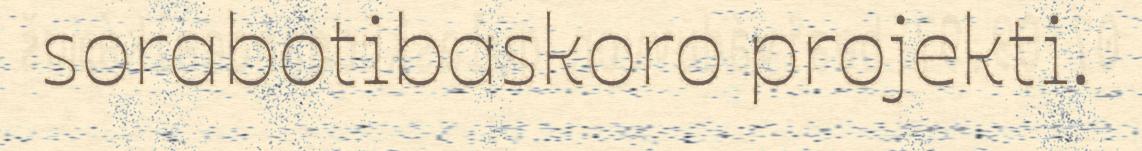
sorabotibaskoro projekti.